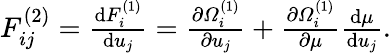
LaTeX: \begin{array}{r}{F_{ij}^{(2)}=\frac{\mathrm dF_{i}^{(1)}}{\mathrm du_{j}}=\frac{\partial\varOmega_{i}^{(1)}}{\partial u_{j}}+\frac{\partial\varOmega_{i}^{(1)}}{\partial\mu}\frac{\mathrm d\mu}{\mathrm du_{j}}.}\end{array}